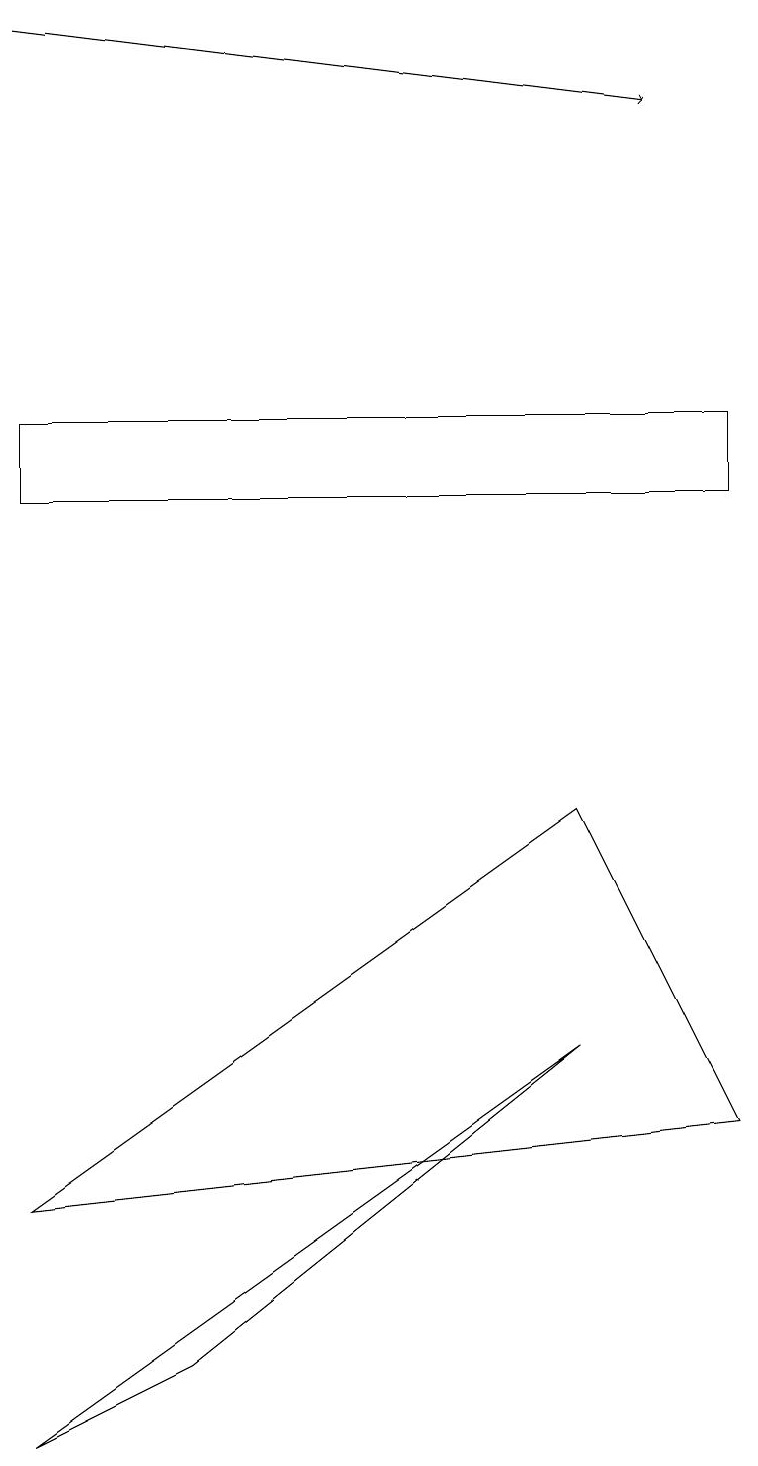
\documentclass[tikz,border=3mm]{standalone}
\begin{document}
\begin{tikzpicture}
\draw[->] (0,19) -- (8,18);
\draw (2,2) -- (7,6) -- (0,1) -- cycle;
\draw (9,14) rectangle (0,13);
\draw (0,4) -- (9,5) -- (7,9) -- cycle;
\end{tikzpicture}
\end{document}